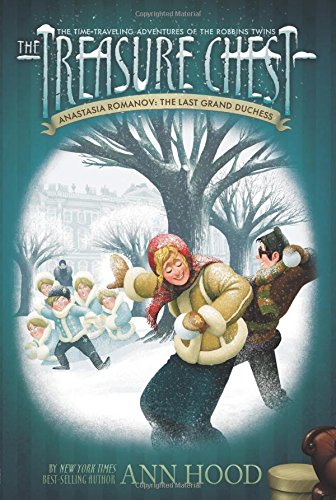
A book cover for Anastasia Romanov: the Last Grand Duchess #10 (The Treasure Chest); Ann Hood; Children's Books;